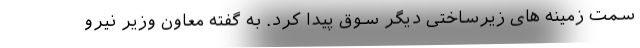
سمت زمینه های زیرساختی دیگر سوق پیدا کرد. به گفته معاون وزیر نیرو